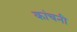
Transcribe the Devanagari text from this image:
कांचनी